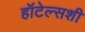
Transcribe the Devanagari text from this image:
हॉटेल्सशी